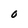
Character: O